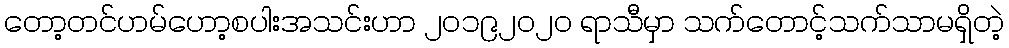
တော့တင်ဟမ်ဟော့စပါးအသင်းဟာ ၂၀၁၉၂၀၂၀ ရာသီမှာ သက်တောင့်သက်သာမရှိတဲ့